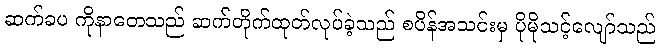
ဆက်ခပ ကိုနာတေသည် ဆက်တိုက်ထုတ်လုပ်ခဲ့သည် စပိန်အသင်းမှ ပိုမိုသင့်လျော်သည်